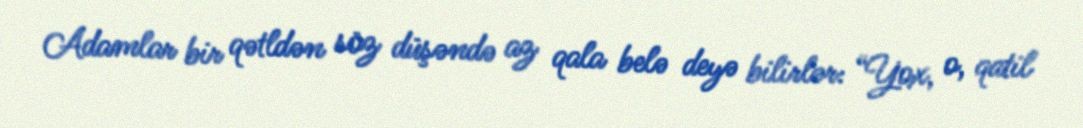
Adamlar bir qətldən söz düşəndə az qala belə deyə bilirlər: “Yox, o, qatil